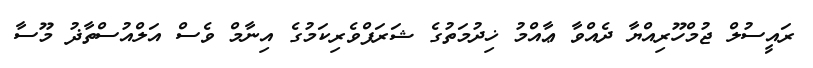
ރައީސުލް ޖުމްހޫރިއްޔާ ދެއްވާ ޢާއްމު ޚިދުމަތުގެ ޝަރަފްވެރިކަމުގެ އިނާމް ވެސް އަލްއުސްތާޛު މޫސާ